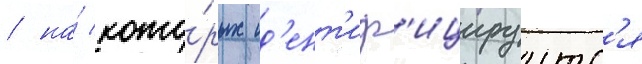
/ на́ кото́рых ид'ент'иф'ицируутс'я